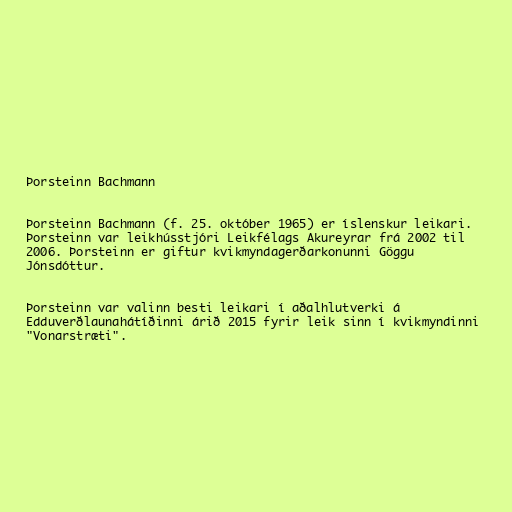
Þorsteinn Bachmann

Þorsteinn Bachmann (f. 25. október 1965) er íslenskur leikari.
Þorsteinn var leikhússtjóri Leikfélags Akureyrar frá 2002 til
2006. Þorsteinn er giftur kvikmyndagerðarkonunni Göggu
Jónsdóttur.

Þorsteinn var valinn besti leikari í aðalhlutverki á
Edduverðlaunahátíðinni árið 2015 fyrir leik sinn í kvikmyndinni
"Vonarstræti".